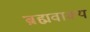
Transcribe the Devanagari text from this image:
ब्रह्मवाक्‍य